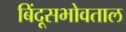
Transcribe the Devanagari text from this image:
बिंदूसभोवताल